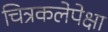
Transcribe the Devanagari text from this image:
चित्रकलेपेक्षा